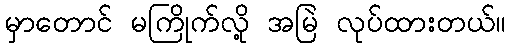
မှာတောင် မကြိုက်လို့ အမြဲ လုပ်ထားတယ်။